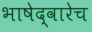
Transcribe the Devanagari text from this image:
भाषेद्वारेच